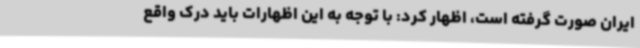
ایران صورت گرفته است، اظهار کرد: با توجه به این اظهارات باید درک واقع